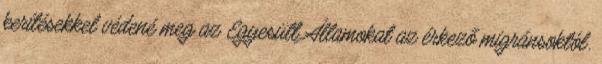
kerítésekkel védené meg az Egyesült Államokat az érkező migránsoktól.